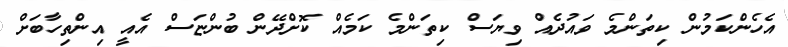
އެހެންކަމުން ކިތަންމެ ވައުދެއް ވިޔަސް ކިތަންމެ ކަމެއް ކޮށްދޭން ބުންޏަސް އެއީ އިންތިހާބަށް